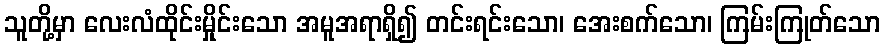
သူတို့မှာ လေးလံထိုင်းမှိုင်းသော အမူအရာရှိ၍ တင်းရင်းသော၊ အေးစက်သော၊ ကြမ်းကြုတ်သော